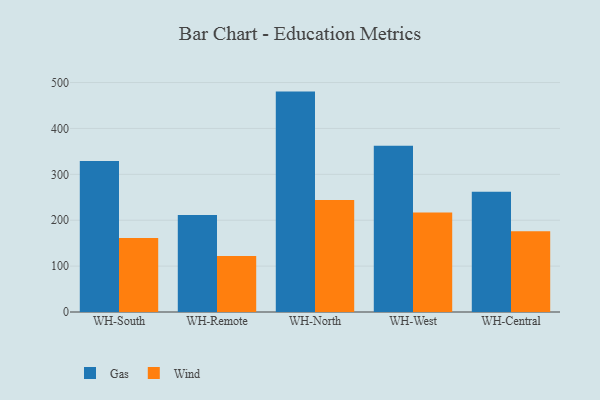
{"axis": {"x": "Warehouse", "y": "Bounce Rate (%)"}, "legend": ["Gas", "Wind"], "data": [{"x": "WH-South", "y": 329.1, "type": "Gas"}, {"x": "WH-South", "y": 161.0, "type": "Wind"}, {"x": "WH-Remote", "y": 211.5, "type": "Gas"}, {"x": "WH-Remote", "y": 122.3, "type": "Wind"}, {"x": "WH-North", "y": 480.3, "type": "Gas"}, {"x": "WH-North", "y": 244.0, "type": "Wind"}, {"x": "WH-West", "y": 362.2, "type": "Gas"}, {"x": "WH-West", "y": 217.1, "type": "Wind"}, {"x": "WH-Central", "y": 262.3, "type": "Gas"}, {"x": "WH-Central", "y": 175.9, "type": "Wind"}]}